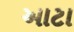
આટા